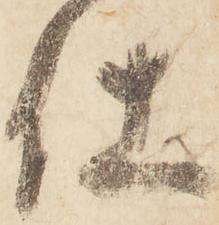
仕